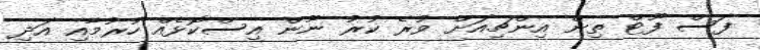
ފަސް ފޫޓް ތިން އިންޗިއަށް ވުރެ ކުރު ނޫން އިސްކޮޅެއް ހުރުމާއި އަދި